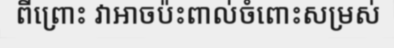
ពីព្រោះ វាអាចប៉ះពាល់ចំពោះសម្រស់